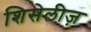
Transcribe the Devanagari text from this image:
शिसेलीज़